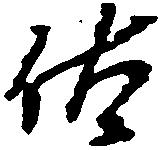
佐